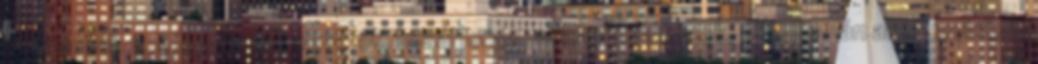
csoportjai: zenészek; vályogvetők, kosárfonók, alkalmi munkások, stb. Román anyanyelvűek,